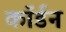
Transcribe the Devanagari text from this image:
कॉर्डन